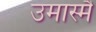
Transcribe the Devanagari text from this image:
उमास्मै